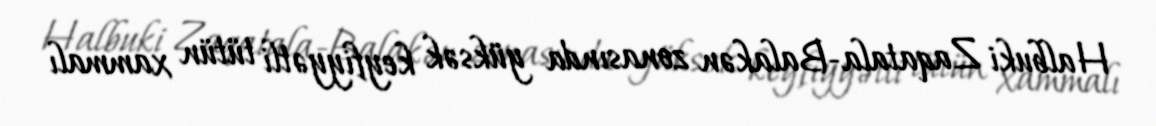
Halbuki Zaqatala-Balakən zonasında yüksək keyfiyyətli tütün xammalı